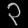
Digit: ၃